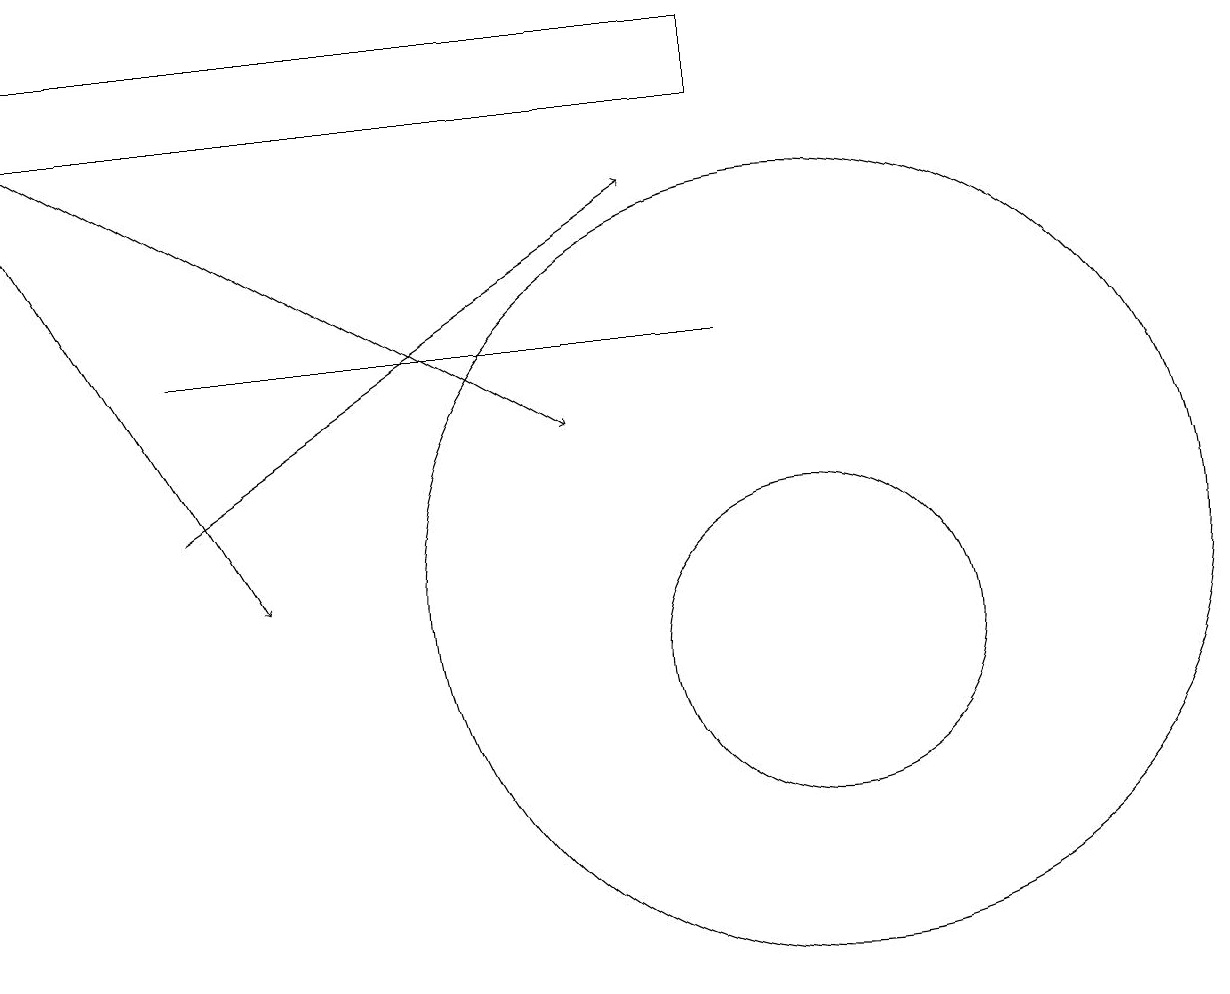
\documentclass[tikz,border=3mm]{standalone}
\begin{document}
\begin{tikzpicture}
\draw (0,18) rectangle (9,17);
\draw[->] (2,12) -- (8,16);
\draw[->] (0,17) -- (7,13);
\draw (10,10) circle (2);
\draw (10,11) circle (5);
\draw[->] (0,16) -- (3,11);
\draw (2,14) rectangle (9,14);
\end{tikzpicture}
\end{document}